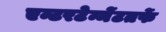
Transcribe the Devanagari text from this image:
एन्टरटेन्मेंटतर्फे